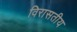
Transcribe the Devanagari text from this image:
विरासतीय